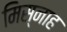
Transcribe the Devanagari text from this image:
मिस्नाह